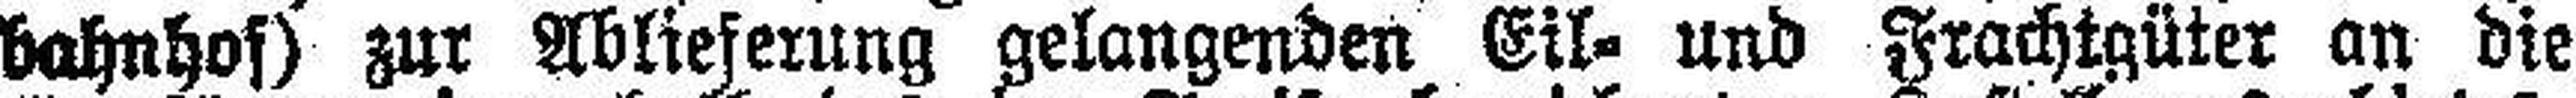
bahnhof) zur Abstreifung gelangenden Eil- und Frachtgüter an die